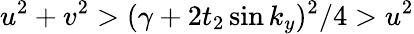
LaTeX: u^{2}+v^{2}>(\gamma+2t_{2}\sin k_{y})^{2}/4>u^{2}